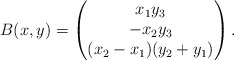
\begin{align*} B(x,y) = \begin{pmatrix}x_1 y_3 \\ -x_2 y_3 \\ (x_2 - x_1)(y_2 + y_1) \end{pmatrix}. \end{align*}